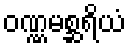
ဝဏ္ဏမစ္ဆရိယံ